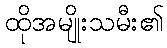
ထိုအမျိုးသမီး၏